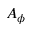
A _ { \phi }